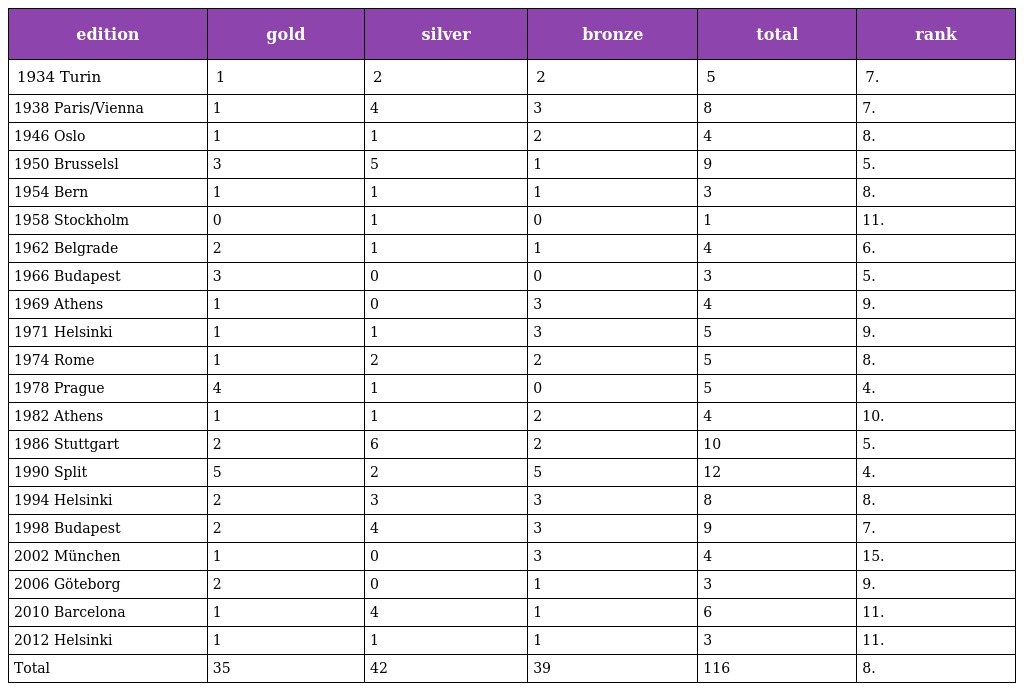
| edition | gold | silver | bronze | total | rank |
 | --- | --- | --- | --- | --- | --- |
 | 1934 Turin | 1 | 2 | 2 | 5 | 7. |
 | 1938 Paris/Vienna | 1 | 4 | 3 | 8 | 7. |
 | 1946 Oslo | 1 | 1 | 2 | 4 | 8. |
 | 1950 Brusselsl | 3 | 5 | 1 | 9 | 5. |
 | 1954 Bern | 1 | 1 | 1 | 3 | 8. |
 | 1958 Stockholm | 0 | 1 | 0 | 1 | 11. |
 | 1962 Belgrade | 2 | 1 | 1 | 4 | 6. |
 | 1966 Budapest | 3 | 0 | 0 | 3 | 5. |
 | 1969 Athens | 1 | 0 | 3 | 4 | 9. |
 | 1971 Helsinki | 1 | 1 | 3 | 5 | 9. |
 | 1974 Rome | 1 | 2 | 2 | 5 | 8. |
 | 1978 Prague | 4 | 1 | 0 | 5 | 4. |
 | 1982 Athens | 1 | 1 | 2 | 4 | 10. |
 | 1986 Stuttgart | 2 | 6 | 2 | 10 | 5. |
 | 1990 Split | 5 | 2 | 5 | 12 | 4. |
 | 1994 Helsinki | 2 | 3 | 3 | 8 | 8. |
 | 1998 Budapest | 2 | 4 | 3 | 9 | 7. |
 | 2002 München | 1 | 0 | 3 | 4 | 15. |
 | 2006 Göteborg | 2 | 0 | 1 | 3 | 9. |
 | 2010 Barcelona | 1 | 4 | 1 | 6 | 11. |
 | 2012 Helsinki | 1 | 1 | 1 | 3 | 11. |
 | Total | 35 | 42 | 39 | 116 | 8. |